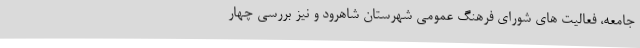
جامعه، فعالیت های شورای فرهنگ عمومی شهرستان شاهرود و نیز بررسی چهار